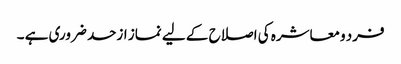
فرد ومعاشرہ کی اصلاح کے لیے نماز ازحد ضروری ہے ۔